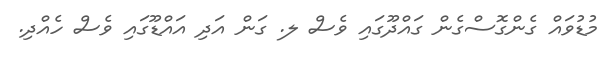
މުޑުވައް ގެންގޮސްގެން ގައްދޫގައި ވެސް ލ. ގަން އަދި އައްޑޫގައި ވެސް ހެއްދި.